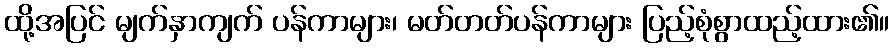
ထို့အပြင် မျက်နှာကျက် ပန်ကာများ၊ မတ်တတ်ပန်ကာများ ပြည့်စုံစွာထည့်ထား၏။